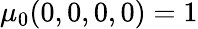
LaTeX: \mu_{0}(0,0,0,0)=1